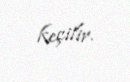
keçilir.